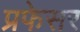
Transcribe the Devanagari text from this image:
प्रफेसर